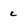
Character: c